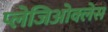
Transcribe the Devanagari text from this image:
प्लेजिओक्लेस